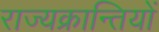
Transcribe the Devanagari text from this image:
राज्यक्रान्तियों